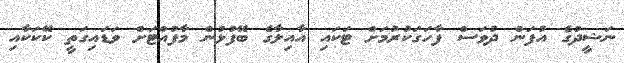
ނަޝީދުގެ އުފަން ދުވަސް ފާހަގަކުރުމަށް ޓަކައި އާއިލާގެ ބޭފުޅުން މާފުއްޓަށް ވަޑަައިގަތީ ކޭކަކާއި